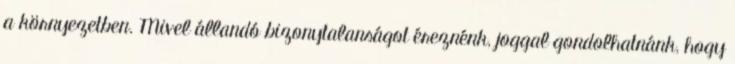
a környezetben. Mivel állandó bizonytalanságot éreznénk, joggal gondolhatnánk, hogy